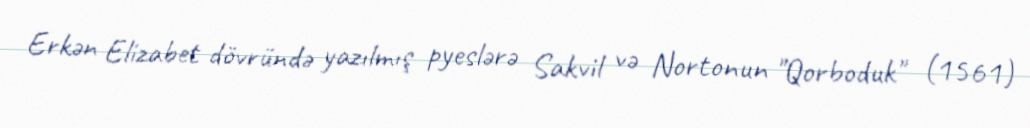
Erkən Elizabet dövründə yazılmış pyeslərə Sakvil və Nortonun "Qorboduk" (1561)